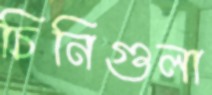
চিনিগুলা